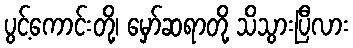
ပွင့်ကောင်းတို့၊ မှော်ဆရာတို့ သိသွားပြီလား